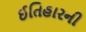
ઈતિહારની